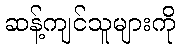
ဆန့်ကျင်သူများကို